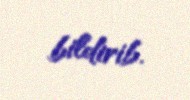
bildirib.